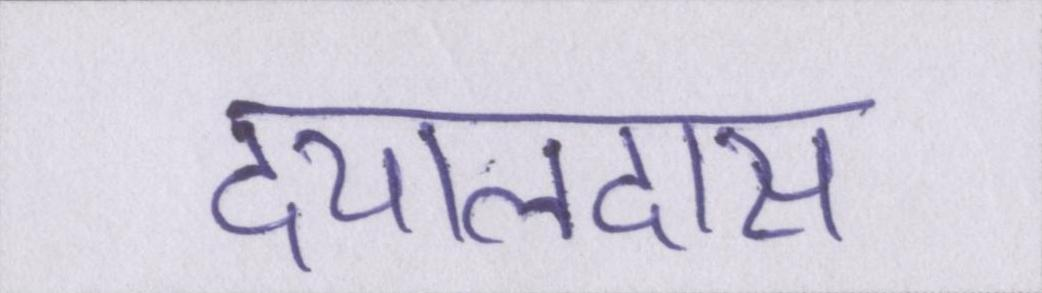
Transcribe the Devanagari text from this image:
दयालदास